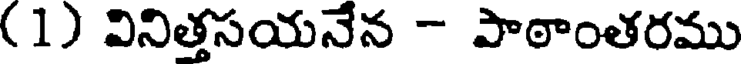
(1) వినిత్తసయనేన - పాఠాంతరము